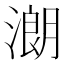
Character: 𣼽